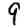
Digit: 9